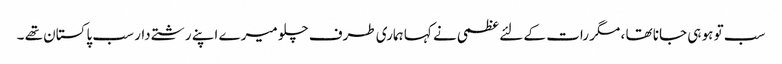
سب تو ہو ہی جانا تھا ، مگر رات کے لئے عظمی نے کہا ہماری طرف چلو میرے اپنے رشتے دار سب پاکستان تھے ۔